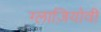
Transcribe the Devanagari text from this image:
ग्लाज़ियोवी